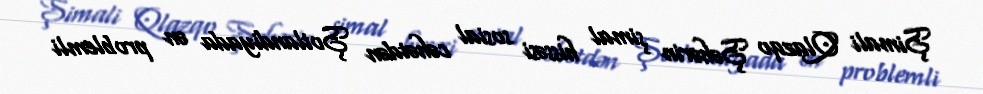
Şimali Qlazqo Şəhərin şimal hissəsi sosial cəhətdən Şotlandiyada ən problemli